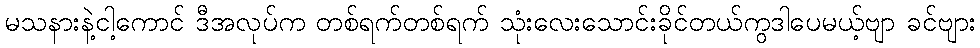
မသနားနဲ့ငါ့ကောင် ဒီအလုပ်က တစ်ရက်တစ်ရက် သုံးလေးသောင်းခိုင်တယ်ကွဒါပေမယ့်ဗျာ ခင်ဗျား